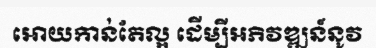
អោយកាន់តែល្អ ដើម្បីអភិវឌ្ឍន៍នូវ